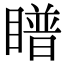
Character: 𪾿